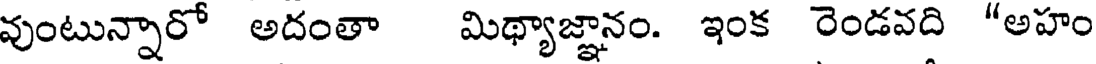
వుంటున్నారో అదంతా మిథ్యాజ్ఞానం. ఇంక రెండవది "అహం